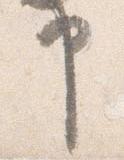
申